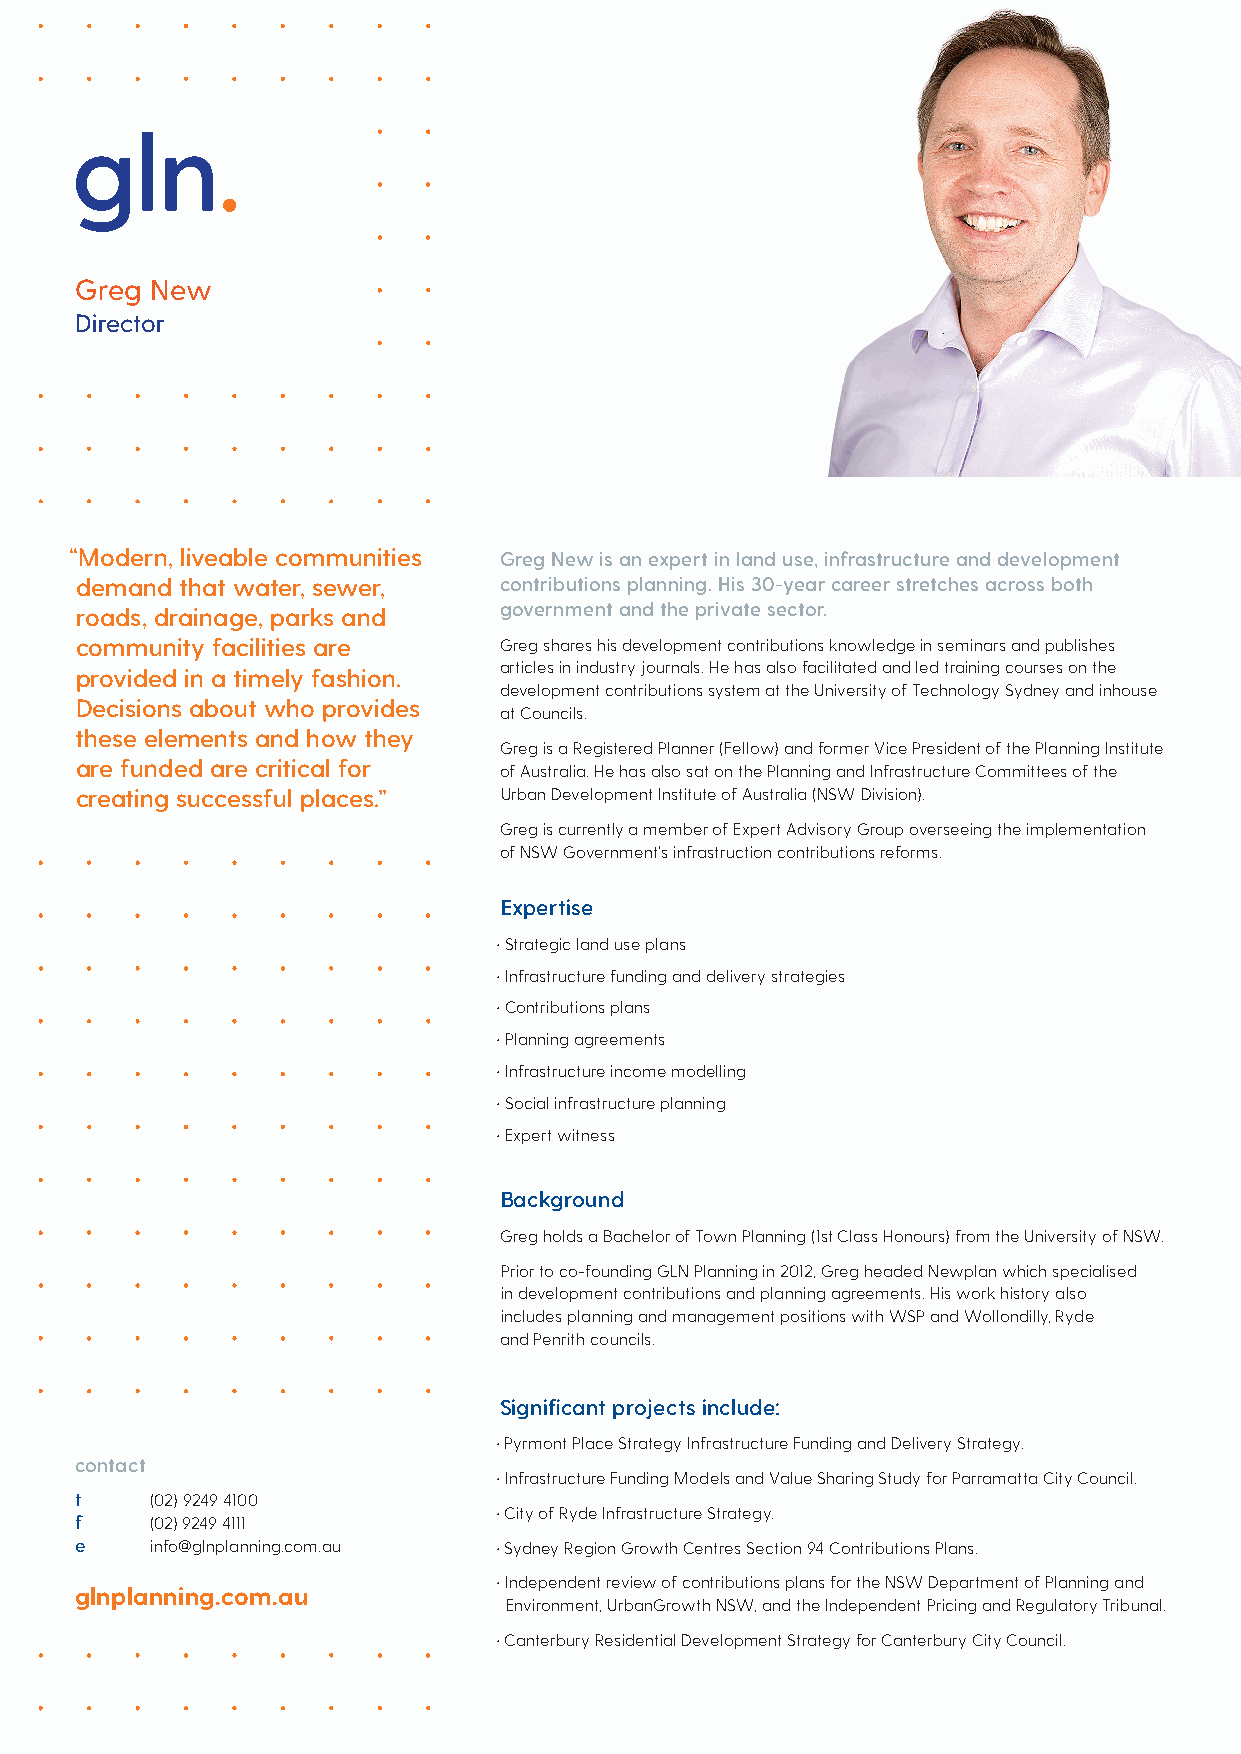
Greg New
 Director
 “Modern, liveable communities Greg New is an expert in land use, infrastructure and development
 demand that water, sewer,   contributions planning. His 30-year career stretches across both
 government and the private sector.
 roads, drainage, parks and
 community facilities are    Greg shares his development contributions knowledge in seminars and publishes
 articles in industry journals. He has also facilitated and led training courses on the
 provided in a timely fashion.
 development contributions system at the University of Technology Sydney and inhouse
 Decisions about who provides
 at Councils.
 these elements and how they
 Greg is a Registered Planner (Fellow) and former Vice President of the Planning Institute
 are funded are critical for of Australia. He has also sat on the Planning and Infrastructure Committees of the
 creating successful places.” Urban Development Institute of Australia (NSW Division).
 Greg is currently a member of Expert Advisory Group overseeing the implementation
 of NSW Government’s infrastruction contributions reforms.
 Expertise
 • Strategic land use plans
 • Infrastructure funding and delivery strategies
 • Contributions plans
 • Planning agreements
 • Infrastructure income modelling
 • Social infrastructure planning
 • Expert witness
 Background
 Greg holds a Bachelor of Town Planning (1st Class Honours) from the University of NSW.
 Prior to co-founding GLN Planning in 2012, Greg headed Newplan which specialised
 in development contributions and planning agreements. His work history also
 includes planning and management positions with WSP and Wollondilly, Ryde
 and Penrith councils.
 Significant projects include:
 • Pyrmont Place Strategy Infrastructure Funding and Delivery Strategy.
 contact
 • Infrastructure Funding Models and Value Sharing Study for Parramatta City Council.
 t    (02) 9249 4100
 • City of Ryde Infrastructure Strategy.
 f    (02) 9249 4111
 e    info@glnplanning.com.au • Sydney Region Growth Centres Section 94 Contributions Plans.
 • Independent review of contributions plans for the NSW Department of Planning and
 glnplanning.com.au
 Environment, UrbanGrowth NSW, and the Independent Pricing and Regulatory Tribunal.
 • Canterbury Residential Development Strategy for Canterbury City Council.